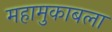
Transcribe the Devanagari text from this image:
महामुकाबला